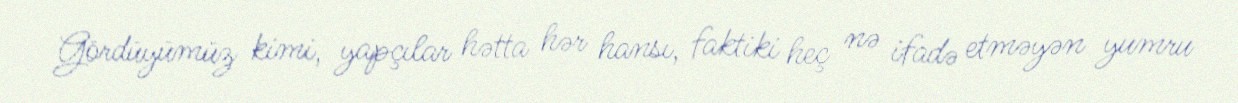
Gördüyümüz kimi, yapçılar hətta hər hansı, faktiki heç nə ifadə etməyən yumru